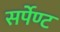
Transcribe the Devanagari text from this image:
सर्पेण्ट